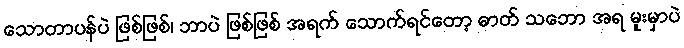
သောတာပန်ပဲ ဖြစ်ဖြစ်၊ ဘာပဲ ဖြစ်ဖြစ် အရက် သောက်ရင်တော့ ဓာတ် သဘော အရ မူးမှာပဲ